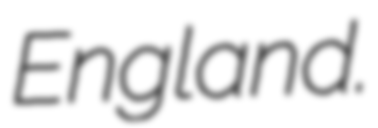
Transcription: England.